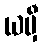
ယမှီ